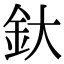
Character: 釱